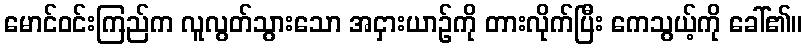
မောင်ဝင်းကြည်က လူလွတ်သွားသော အငှားယာဉ်ကို တားလိုက်ပြီး ကေသွယ့်ကို ခေါ်၏။